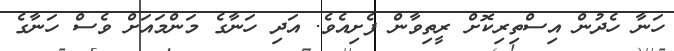
ހަނާ ހެދުން އިސްތިރިކޮށް ރީތިވާން ފެށިއެވެ. އަދި ހަނާގެ މަންމައަށް ވެސް ހަނާގެ